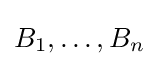
B_{1},\dots ,B_{n}